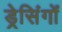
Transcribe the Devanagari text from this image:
ड्रेसिंगों